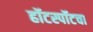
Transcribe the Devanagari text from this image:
हॉटस्पॉटचा